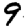
Digit: 9